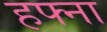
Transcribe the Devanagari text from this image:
हफ्ना